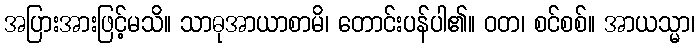
အပြားအားဖြင့်မသိ။ သာဓုအာယာစာမိ၊ တောင်းပန်ပါ၏။ ဝတ၊ စင်စစ်။ အာယသ္မာ၊